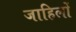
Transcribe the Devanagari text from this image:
जाहिलों